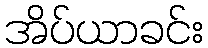
အိပ်ယာခင်း